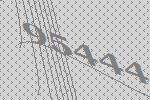
95444